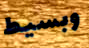
وبسيط